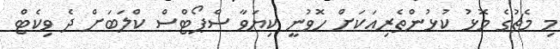
މި މެޗުގެ މޮޅު ކުޅުންތެރިއަކަށް ހޮވުނީ ކިޔަވާ ސްޕޯޓްސް ކްލަބަށް ދެ ވިކެޓް